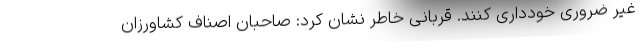
غیر ضروری خودداری کنند. قربانی خاطر نشان کرد: صاحبان اصناف کشاورزان